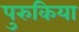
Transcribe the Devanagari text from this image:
पुरुकिया